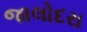
જાલોદરા